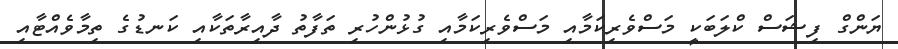
ޔަންގް ފިޝަސް ކްލަބަކީ މަސްވެރިކަމާއި މަސްވެރިކަމާއި ގުޅުންހުރި ތަފާތު ދާއިރާތަކާއި ކަނޑުގެ ތިމާވެއްޓާއި